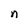
Character: n